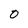
Character: O